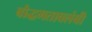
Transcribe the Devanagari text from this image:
बौद्धमतावलंबी